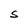
Character: S